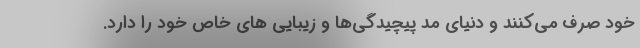
خود صرف می‌کنند و دنیای مد پیچیدگی‌ها و زیبایی های خاص خود را دارد.